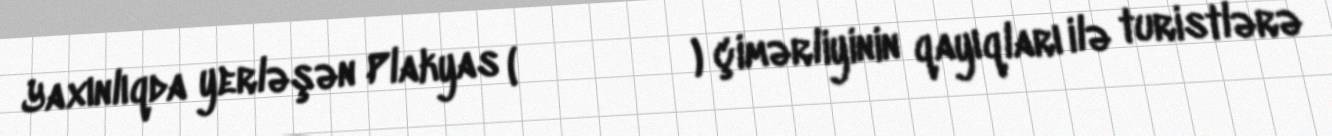
Yaxınlıqda yerləşən Plakyas (Πλακιάς) çimərliyinin qayıqları ilə turistlərə